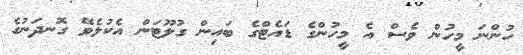
ހުންނަ މީހުން ވެސް އެ މީހުންގެ ޑައެޓްގެ ބައިން ގުލޫޓަން އެކުލެވޭ ގޮނދަނުގެ